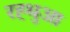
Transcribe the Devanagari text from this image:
रह्थुआ